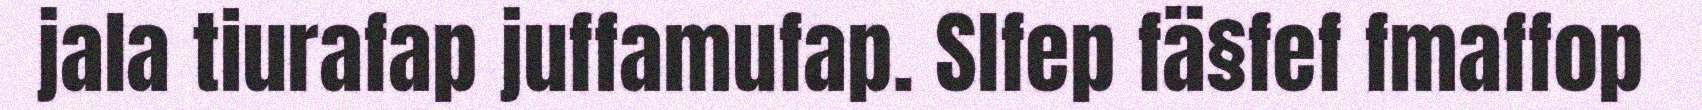
jala tiurafap juffamufap. Slfep fä§fef fmaffop